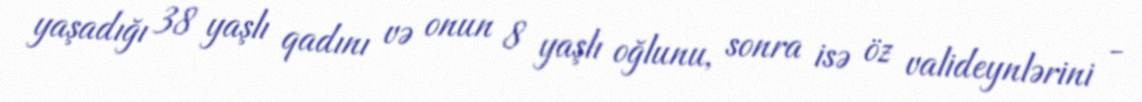
yaşadığı 38 yaşlı qadını və onun 8 yaşlı oğlunu, sonra isə öz valideynlərini -